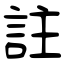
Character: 註